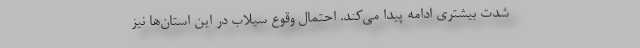
شدت بیشتری ادامه پیدا می‌کند. احتمال وقوع سیلاب در این استان‌ها نیز